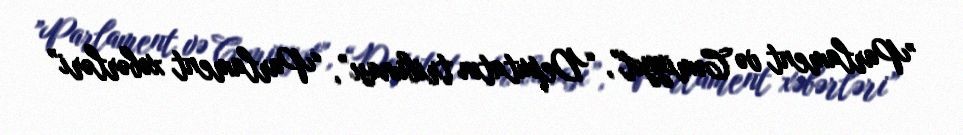
”Parlament və Cəmiyyət", “Deputatın tribunası”, “Parlament xəbərləri”